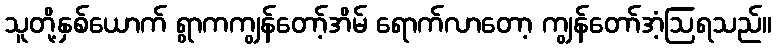
သူတို့နှစ်ယောက် ရွာကကျွန်တော့်အိမ် ရောက်လာတော့ ကျွန်တော်အံ့ဩရသည်။